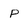
Character: P